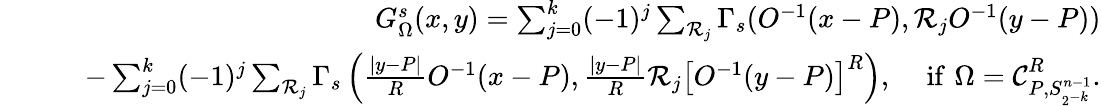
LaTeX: \begin{array}{rlr}&{}&{G_{\Omega}^{s}(x,y)=\sum_{j=0}^{k}(-1)^{j}\sum_{\mathcal{R}_{j}}\Gamma_{s}(O^{-1}(x-P),\mathcal{R}_{j}O^{-1}(y-P))}\\ &{}&{\quad-\sum_{j=0}^{k}(-1)^{j}\sum_{\mathcal{R}_{j}}\Gamma_{s}\left(\frac{|y-P|}{R}O^{-1}(x-P),\frac{|y-P|}{R}\mathcal{R}_{j}\left[O^{-1}(y-P)\right]^{R}\right),\quad\, \mathrm{if}\, \, \Omega=\mathcal{C}_{P,S_{2^{-k}}^{n-1}}^{R}.}\end{array}